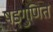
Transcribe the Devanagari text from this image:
षड्गुणित